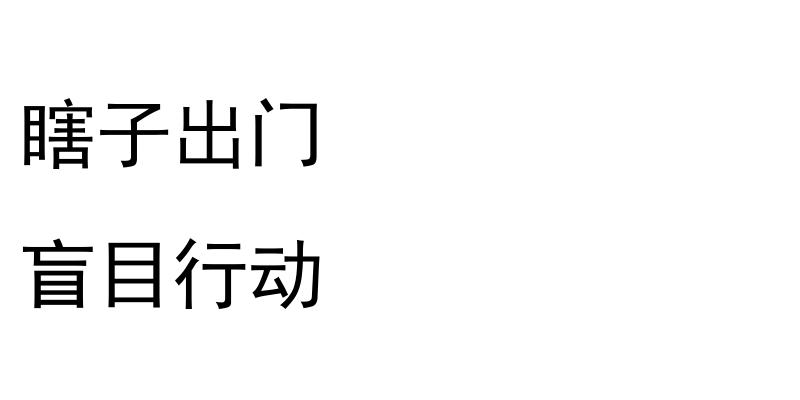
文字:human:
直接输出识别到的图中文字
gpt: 瞎子出门 盲目行动